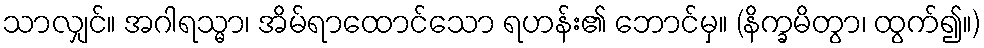
သာလျှင်။ အဂါရသ္မာ၊ အိမ်ရာထောင်သော ရဟန်း၏ ဘောင်မှ။ (နိက္ခမိတွာ၊ ထွက်၍။)